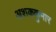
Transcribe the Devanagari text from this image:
अशककुमार